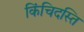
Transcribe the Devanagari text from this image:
किंचिदस्ति